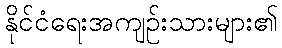
နိုင်ငံရေးအကျဉ်းသားများ၏